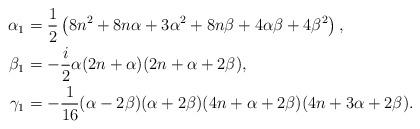
LaTeX: \begin{align*}\alpha _1&=\frac{1}{2} \left(8 n^2+8 n \alpha+3 \alpha ^2+8 n \beta +4 \alpha \beta +4\beta ^2\right),\\\beta _1&=-\frac{i}{2} \alpha (2n+\alpha) (2n+\alpha +2 \beta),\\\gamma _1&=-\frac{1}{16} (\alpha -2 \beta )(\alpha +2 \beta ) (4n+\alpha +2\beta) (4 n +3 \alpha +2\beta).\end{align*}